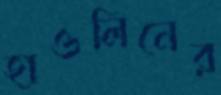
হাওলিনের